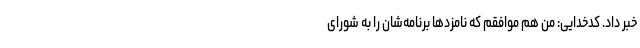
خبر داد. کدخدایی: من هم موافقم که نامزدها برنامه‌شان را به شورای